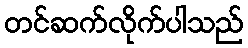
တင်ဆက်လိုက်ပါသည်